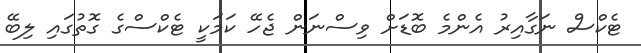
ޓެކްސް ނަގާއިރު އެންމެ ބޮޑަށް ވިސްނަން ޖެހޭ ކަމަކީ ޓެކްސްގެ ގޮތުގައި ލިބޭ